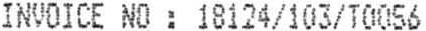
INVOICE NO : 18124/103/T0056